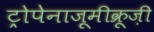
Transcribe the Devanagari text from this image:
ट्रोपेनाज़ूमीक्रूज़ी